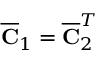
\overline { { \mathbf { C } } } _ { 1 } = \overline { { \mathbf { C } } } _ { 2 } ^ { T }